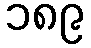
၁၈၉